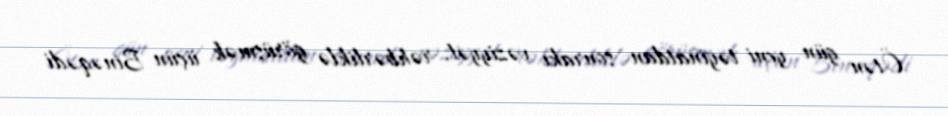
Ötən gün yeni təyinatdan sonrakı vəziyyət, rəhbərliklə görüşmək üçün Binəqədi